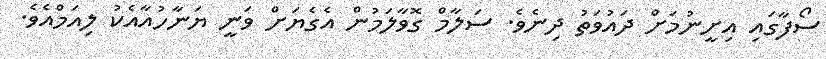
ސޯފާގައި އިށީނުމަށް ދައުވަތު ދިނެވެ. ސަލާމް ގޮވާލަމުން އެގެޔަށް ވަނީ ޔަނާހުއާއެކު ލިއަމްއެވެ.